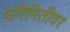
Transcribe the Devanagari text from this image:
परिमितीवर